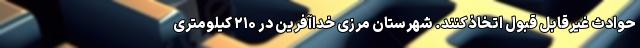
حوادث غیرقابل قبول اتخاذ کنند. شهرستان مرزی خداآفرین در ۲۱۰ کیلومتری